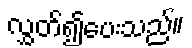
လွှတ်၍ပေးသည်။